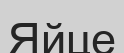
Яйце